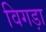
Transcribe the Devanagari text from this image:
विगड़ा